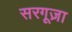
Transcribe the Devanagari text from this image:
सरगूज़ा